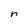
Character: n